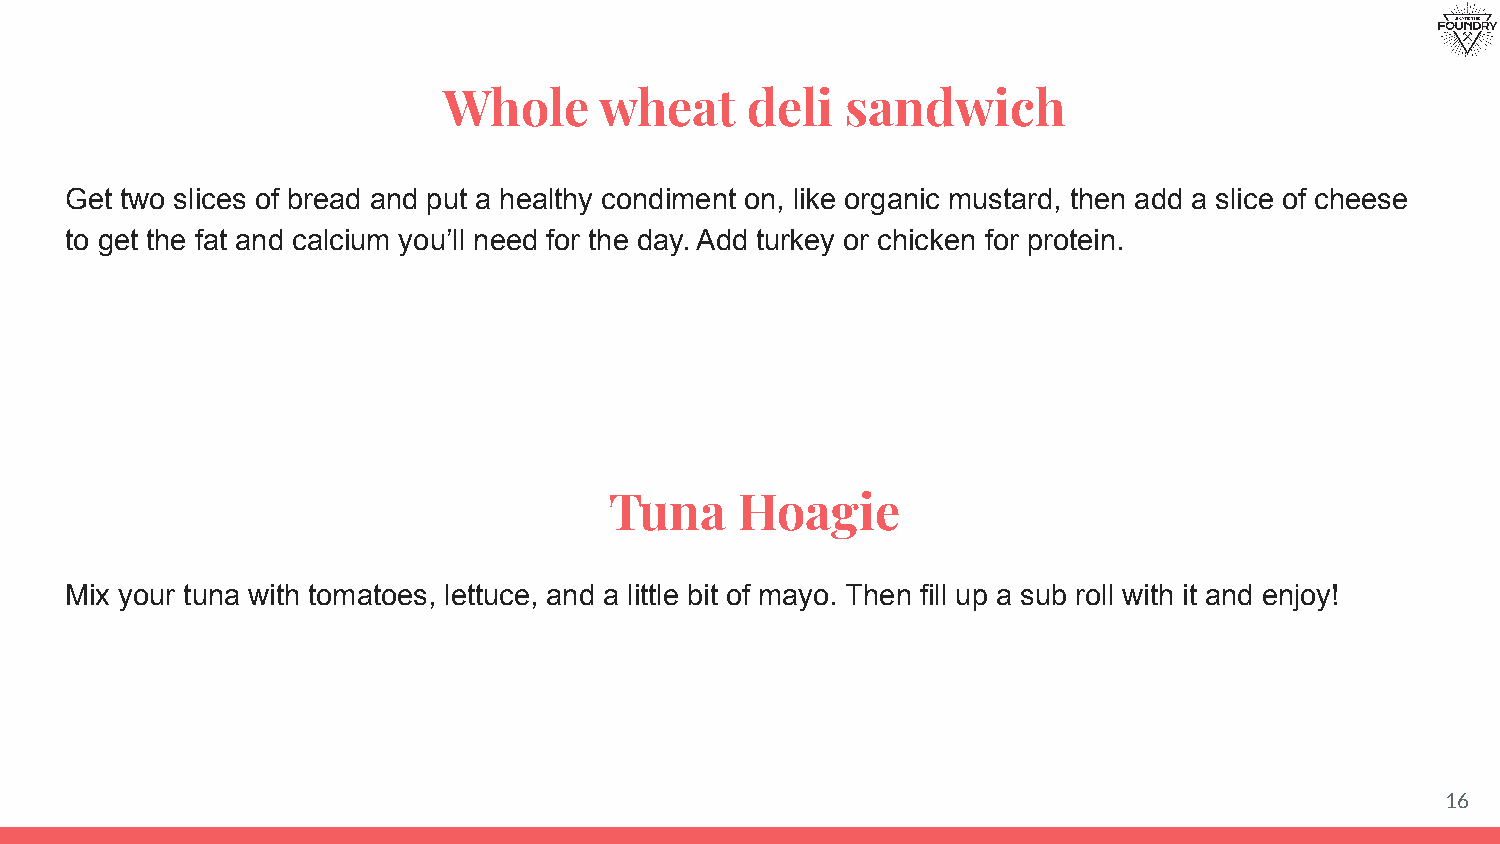
Whole      wheat    deli   sandwich
 Get two slices of bread and put a healthy condiment on, like organic mustard, then add a slice of cheese
 to get the fat and calcium you’ll need for the day. Add turkey or chicken for protein.
 Tuna     Hoagie
 Mix your tuna with tomatoes, lettuce, and a little bit of mayo. Then fill up a sub roll with it and enjoy!
 16